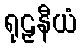
ရုဠှနီယံ